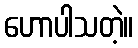
ဟောပါသတဲ့။